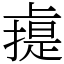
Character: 䶶